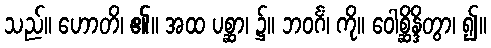
သည်။ ဟောတိ၊ ၏။ အထ ပစ္ဆာ၊ ၌။ ဘဝင်္ဂံ၊ ကို။ ဝေါစ္ဆိန္ဒိတွာ၊ ၍။